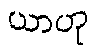
ယာဟု